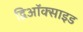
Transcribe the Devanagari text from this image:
द्विऑक्साइड